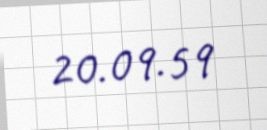
20.09.59